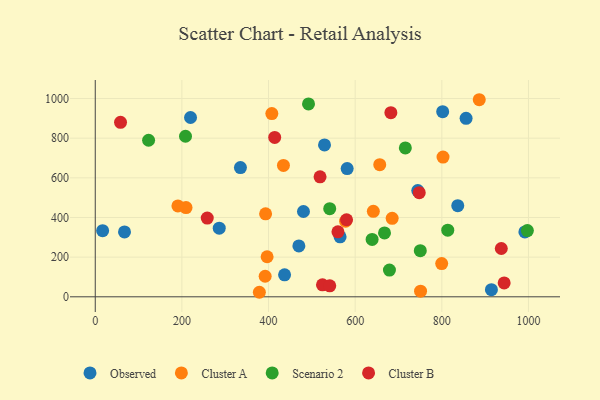
{"axis": {"x": "Ad Spend", "y": "Demand"}, "legend": ["Cluster A", "Cluster B", "Observed", "Scenario 2"], "data": [{"x": "219.9", "y": 904.2, "type": "Observed"}, {"x": "744.5", "y": 535.7, "type": "Observed"}, {"x": "991.7", "y": 327.3, "type": "Observed"}, {"x": "335.1", "y": 651.6, "type": "Observed"}, {"x": "17.0", "y": 333.3, "type": "Observed"}, {"x": "67.5", "y": 327.2, "type": "Observed"}, {"x": "286.2", "y": 346.2, "type": "Observed"}, {"x": "856.0", "y": 900.1, "type": "Observed"}, {"x": "470.0", "y": 256.4, "type": "Observed"}, {"x": "437.0", "y": 110.6, "type": "Observed"}, {"x": "802.0", "y": 933.8, "type": "Observed"}, {"x": "480.6", "y": 430.3, "type": "Observed"}, {"x": "529.2", "y": 765.8, "type": "Observed"}, {"x": "581.5", "y": 646.5, "type": "Observed"}, {"x": "565.2", "y": 302.7, "type": "Observed"}, {"x": "914.5", "y": 35.8, "type": "Observed"}, {"x": "836.8", "y": 459.7, "type": "Observed"}, {"x": "378.8", "y": 22.8, "type": "Cluster A"}, {"x": "209.5", "y": 450.1, "type": "Cluster A"}, {"x": "886.4", "y": 993.9, "type": "Cluster A"}, {"x": "656.7", "y": 666.2, "type": "Cluster A"}, {"x": "392.2", "y": 103.6, "type": "Cluster A"}, {"x": "190.8", "y": 458.3, "type": "Cluster A"}, {"x": "434.4", "y": 662.4, "type": "Cluster A"}, {"x": "641.9", "y": 431.3, "type": "Cluster A"}, {"x": "577.9", "y": 381.2, "type": "Cluster A"}, {"x": "396.7", "y": 202.0, "type": "Cluster A"}, {"x": "393.2", "y": 418.3, "type": "Cluster A"}, {"x": "802.8", "y": 704.6, "type": "Cluster A"}, {"x": "750.9", "y": 28.2, "type": "Cluster A"}, {"x": "799.7", "y": 167.3, "type": "Cluster A"}, {"x": "685.4", "y": 395.7, "type": "Cluster A"}, {"x": "407.6", "y": 924.0, "type": "Cluster A"}, {"x": "208.3", "y": 809.7, "type": "Scenario 2"}, {"x": "750.3", "y": 232.5, "type": "Scenario 2"}, {"x": "492.3", "y": 972.6, "type": "Scenario 2"}, {"x": "541.2", "y": 444.6, "type": "Scenario 2"}, {"x": "123.1", "y": 789.4, "type": "Scenario 2"}, {"x": "639.1", "y": 289.3, "type": "Scenario 2"}, {"x": "813.7", "y": 336.2, "type": "Scenario 2"}, {"x": "667.7", "y": 321.9, "type": "Scenario 2"}, {"x": "679.1", "y": 135.0, "type": "Scenario 2"}, {"x": "997.5", "y": 334.1, "type": "Scenario 2"}, {"x": "715.8", "y": 750.9, "type": "Scenario 2"}, {"x": "747.9", "y": 525.3, "type": "Cluster B"}, {"x": "943.9", "y": 69.9, "type": "Cluster B"}, {"x": "524.5", "y": 60.2, "type": "Cluster B"}, {"x": "937.3", "y": 243.6, "type": "Cluster B"}, {"x": "682.4", "y": 928.6, "type": "Cluster B"}, {"x": "560.2", "y": 327.8, "type": "Cluster B"}, {"x": "518.9", "y": 605.2, "type": "Cluster B"}, {"x": "580.1", "y": 388.6, "type": "Cluster B"}, {"x": "414.2", "y": 803.8, "type": "Cluster B"}, {"x": "541.3", "y": 55.5, "type": "Cluster B"}, {"x": "58.3", "y": 879.7, "type": "Cluster B"}, {"x": "258.5", "y": 397.0, "type": "Cluster B"}]}